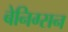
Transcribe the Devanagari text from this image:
बेनिग्सन